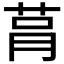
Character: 𦮻